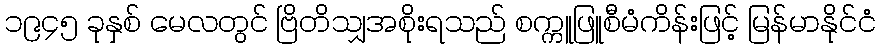
၁၉၄၅ ခုနှစ် မေလတွင် ဗြိတိသျှအစိုးရသည် စက္ကူဖြူစီမံကိန်းဖြင့် မြန်မာနိုင်ငံ